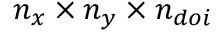
n _ { x } \times n _ { y } \times n _ { d o i }